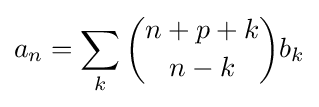
a_{n}=\sum _{k}{\binom {n+p+k}{n-k}}b_{k}